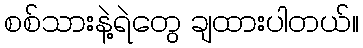
စစ်သားနဲ့ရဲတွေ ချထားပါတယ်။